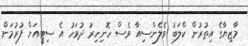
މާޒިޔާގެ އިތުރުން ކްލަބު ވެލެންސިއާ ވެސް ހޮނިހިރު ދުވަހު އެ ސިޓީއަށް ފުރުމަށް